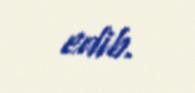
edib.